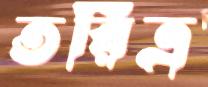
তরিত্র